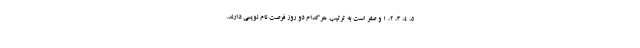
۵، ۴، ۳، ۲، ۱ و صفر است به ترتیب هرکدام دو روز فرصت نام نویسی دارند.